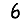
Digit: 6